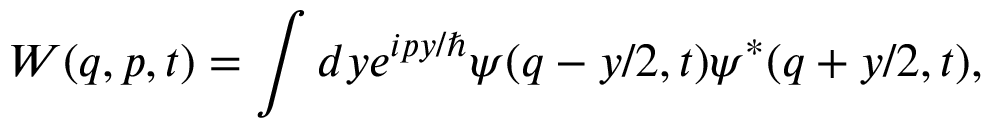
W ( q , p , t ) = \int d y e ^ { i p y / \hbar } \psi ( q - y / 2 , t ) \psi ^ { * } ( q + y / 2 , t ) ,